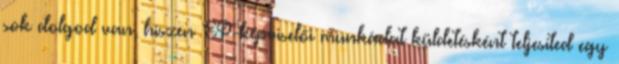
sok dolgod van, hiszen EP-képviselői munkádat küldetésként teljesíted egy